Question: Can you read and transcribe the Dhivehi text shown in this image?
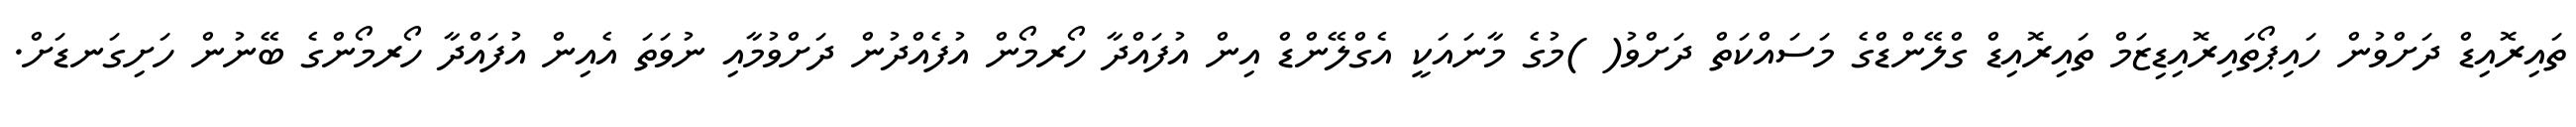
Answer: ތައިރޮއިޑް ދަށްވުން ހައިޕޯތައިރޮއިޑިޒަމް ތައިރޮއިޑް ގްލޭންޑްގެ މަސައްކަތް ދަށްވު( )މުގެ މާނައަކީ އެގްލޭންޑް އިން އުފައްދާ ހޯރމޯން އުފެއްދުން ދަށްވުމާއި ނުވަތަ އެއިން އުފައްދާ ހޯރމޯންގެ ބޭނުން ހަށިގަނޑަށް.